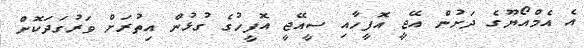
އެ އެމްއޯޔޫގެ ދަށުން އޭޖީ އޮފީހާއި ސީއޭޖީ އޮފީހުގެ ގުޅުން އިތުރަށް ވަރުގަދަކޮށް